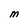
Character: M